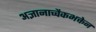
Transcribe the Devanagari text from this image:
अज्ञानाच्चैकभक्तेन